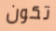
تكون